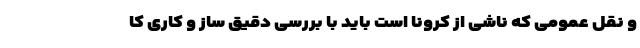
و نقل عمومی که ناشی از کرونا است باید با بررسی دقیق ساز و کاری کا